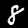
Label: 8